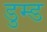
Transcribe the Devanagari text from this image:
डुम्ड